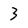
Character: 3